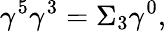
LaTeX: \gamma^{5}\gamma^{3}=\Sigma_{3}\gamma^{0},